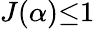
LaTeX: J(\alpha){\leq}1